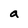
Character: a